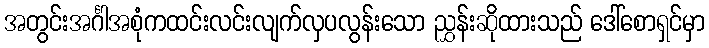
အတွင်းအင်္ဂါအစုံကထင်းလင်းလျက်လှပလွန်းသော ညွှန်းဆိုထားသည် ဒေါ်စောရှင်မှာ